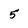
Character: 5